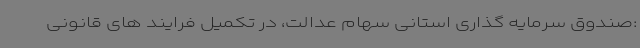
:صندوق سرمایه گذاری استانی سهام عدالت، در تکمیل فرایند های قانونی